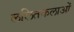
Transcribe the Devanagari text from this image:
ललितकलाओं